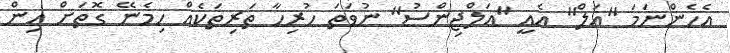
އެހެންނަމަ "އަލް" އެއީ "އަލްޖިންސު" ނުވަތަ ހުރިހާ ތަރިތަކެއް ހިމެނޭ ގޮތަށް އިން